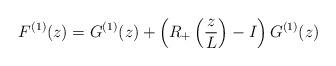
LaTeX: \begin{align*}F^{(1)}(z) = G^{(1)}(z) + \left(R_+\left(\frac{z}{L}\right)-I\right)G^{(1)}(z)\end{align*}